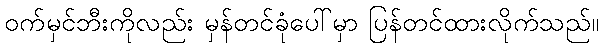
ဝက်မှင်ဘီးကိုလည်း မှန်တင်ခုံပေါ်မှာ ပြန်တင်ထားလိုက်သည်။